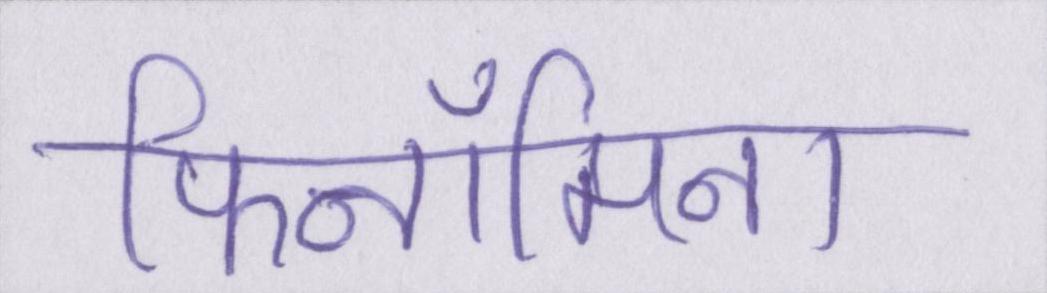
फिनॉमिना